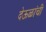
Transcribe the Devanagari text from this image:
देऊळांची